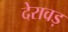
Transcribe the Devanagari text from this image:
देरावड़